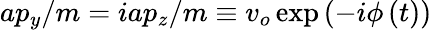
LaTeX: ap_{y}/m=iap_{z}/m\equiv v_{o}\exp\left(-i\phi\left(t\right)\right)